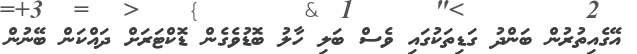
އޭގެއިތުރުން ބަންދު ގަޑިތަކުގައި ވެސް ބަލި ހާލު ބޮޑުވެގެން ޑޮކްޓަރަށް ދައްކަން ބޭނުން